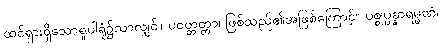
ထင်ရှားရှိသောရူပါရုံ၌သာလျှင်။ ပဝတ္တတ္တာ၊ ဖြစ်သည်၏အဖြစ်ကြောင့်။ ပစ္စုပ္ပန္နာရမ္မဏံ၊